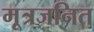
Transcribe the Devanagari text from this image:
मूत्रजनित